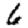
Digit: 6